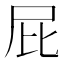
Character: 屁